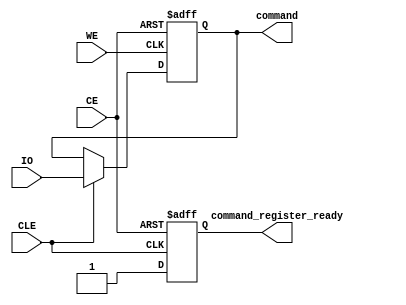
module command_register(IO,CE,WE,CLE,command,command_register_ready);
 input[3:0] IO;
 input CE;
 //input RE;
 input WE;
 input CLE;
 output[3:0] command;
 output command_register_ready;
 reg command_register_ready;
 reg[3:0] command;
 always@(posedge WE or posedge CE)
  begin
   if(CE)
    command<=0;
   else if(!CLE)
    command<=command;
   else                                      //CLE=1 command
    command<=IO[3:0]; 
  end
 always@(negedge CLE or posedge CE )
  begin
   if(CE)
    command_register_ready<=1'b0;
   else if(!CLE)
    command_register_ready<=1'b1;
   else
    command_register_ready<=1'b0;
  end
endmodule